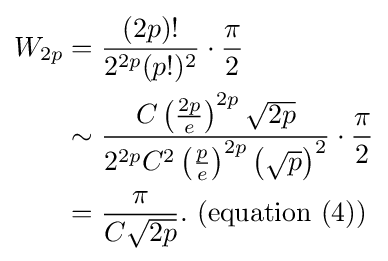
{\begin{aligned}W_{2p}&={\frac {(2p)!}{2^{2p}(p!)^{2}}}\cdot {\frac {\pi }{2}}\\&\sim {\frac {C\left({\frac {2p}{e}}\right)^{2p}{\sqrt {2p}}}{2^{2p}C^{2}\left({\frac {p}{e}}\right)^{2p}\left({\sqrt {p}}\right)^{2}}}\cdot {\frac {\pi }{2}}\\&={\frac {\pi }{C{\sqrt {2p}}}}.{\text{ (equation (4))}}\end{aligned}}